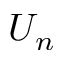
U _ { n }